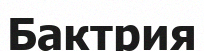
Бактрия